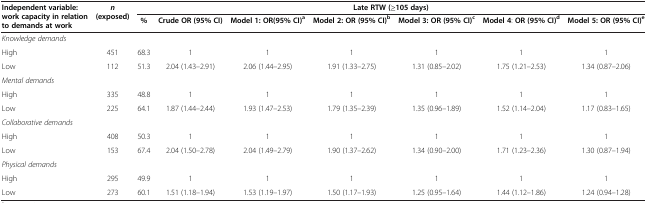
<table><thead><tr><td rowspan="2"><b>Independent variable: work capacity in relation to demands at work</b></td><td rowspan="2"><b><i>n </i>(exposed)</b></td><td colspan="7"><b>Late RTW (≥105 days)</b></td></tr><tr><td><b>%</b></td><td><b>Crude OR (95% CI)</b></td><td><b>Model 1: OR(95% CI)<sup>a</sup></b></td><td><b>Model 2: OR (95% CI)<sup>b</sup></b></td><td><b>Model 3: OR (95% CI)<sup>c</sup></b></td><td><b>Model 4: OR (95% CI)<sup>d</sup></b></td><td><b>Model 5: OR (95% CI)<sup>e</sup></b></td></tr></thead><tbody><tr><td colspan="9"><i>Knowledge demands</i></td></tr><tr><td>High</td><td>451</td><td>68.3</td><td>1</td><td>1</td><td>1</td><td>1</td><td>1</td><td>1</td></tr><tr><td>Low</td><td>112</td><td>51.3</td><td>2.04 (1.43–2.91)</td><td>2.06 (1.44–2.95)</td><td>1.91 (1.33–2.75)</td><td>1.31 (0.85–2.02)</td><td>1.75 (1.21–2.53)</td><td>1.34 (0.87–2.06)</td></tr><tr><td colspan="9"><i>Mental demands</i></td></tr><tr><td>High</td><td>335</td><td>48.8</td><td>1</td><td>1</td><td>1</td><td>1</td><td>1</td><td>1</td></tr><tr><td>Low</td><td>225</td><td>64.1</td><td>1.87 (1.44–2.44)</td><td>1.93 (1.47–2.53)</td><td>1.79 (1.35–2.39)</td><td>1.35 (0.96–1.89)</td><td>1.52 (1.14–2.04)</td><td>1.17 (0.83–1.65)</td></tr><tr><td colspan="9"><i>Collaborative demands</i></td></tr><tr><td>High</td><td>408</td><td>50.3</td><td>1</td><td>1</td><td>1</td><td>1</td><td>1</td><td>1</td></tr><tr><td>Low</td><td>153</td><td>67.4</td><td>2.04 (1.50–2.78)</td><td>2.04 (1.49–2.79)</td><td>1.90 (1.37–2.62)</td><td>1.34 (0.90–2.00)</td><td>1.71 (1.23–2.36)</td><td>1.30 (0.87–1.94)</td></tr><tr><td colspan="9"><i>Physical demands</i></td></tr><tr><td>High</td><td>295</td><td>49.9</td><td>1</td><td>1</td><td>1</td><td>1</td><td>1</td><td>1</td></tr><tr><td>Low</td><td>273</td><td>60.1</td><td>1.51 (1.18–1.94)</td><td>1.53 (1.19–1.97)</td><td>1.50 (1.17–1.93)</td><td>1.25 (0.95–1.64)</td><td>1.44 (1.12–1.86)</td><td>1.24 (0.94–1.28)</td></tr></tbody></table>